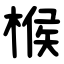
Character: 㮢